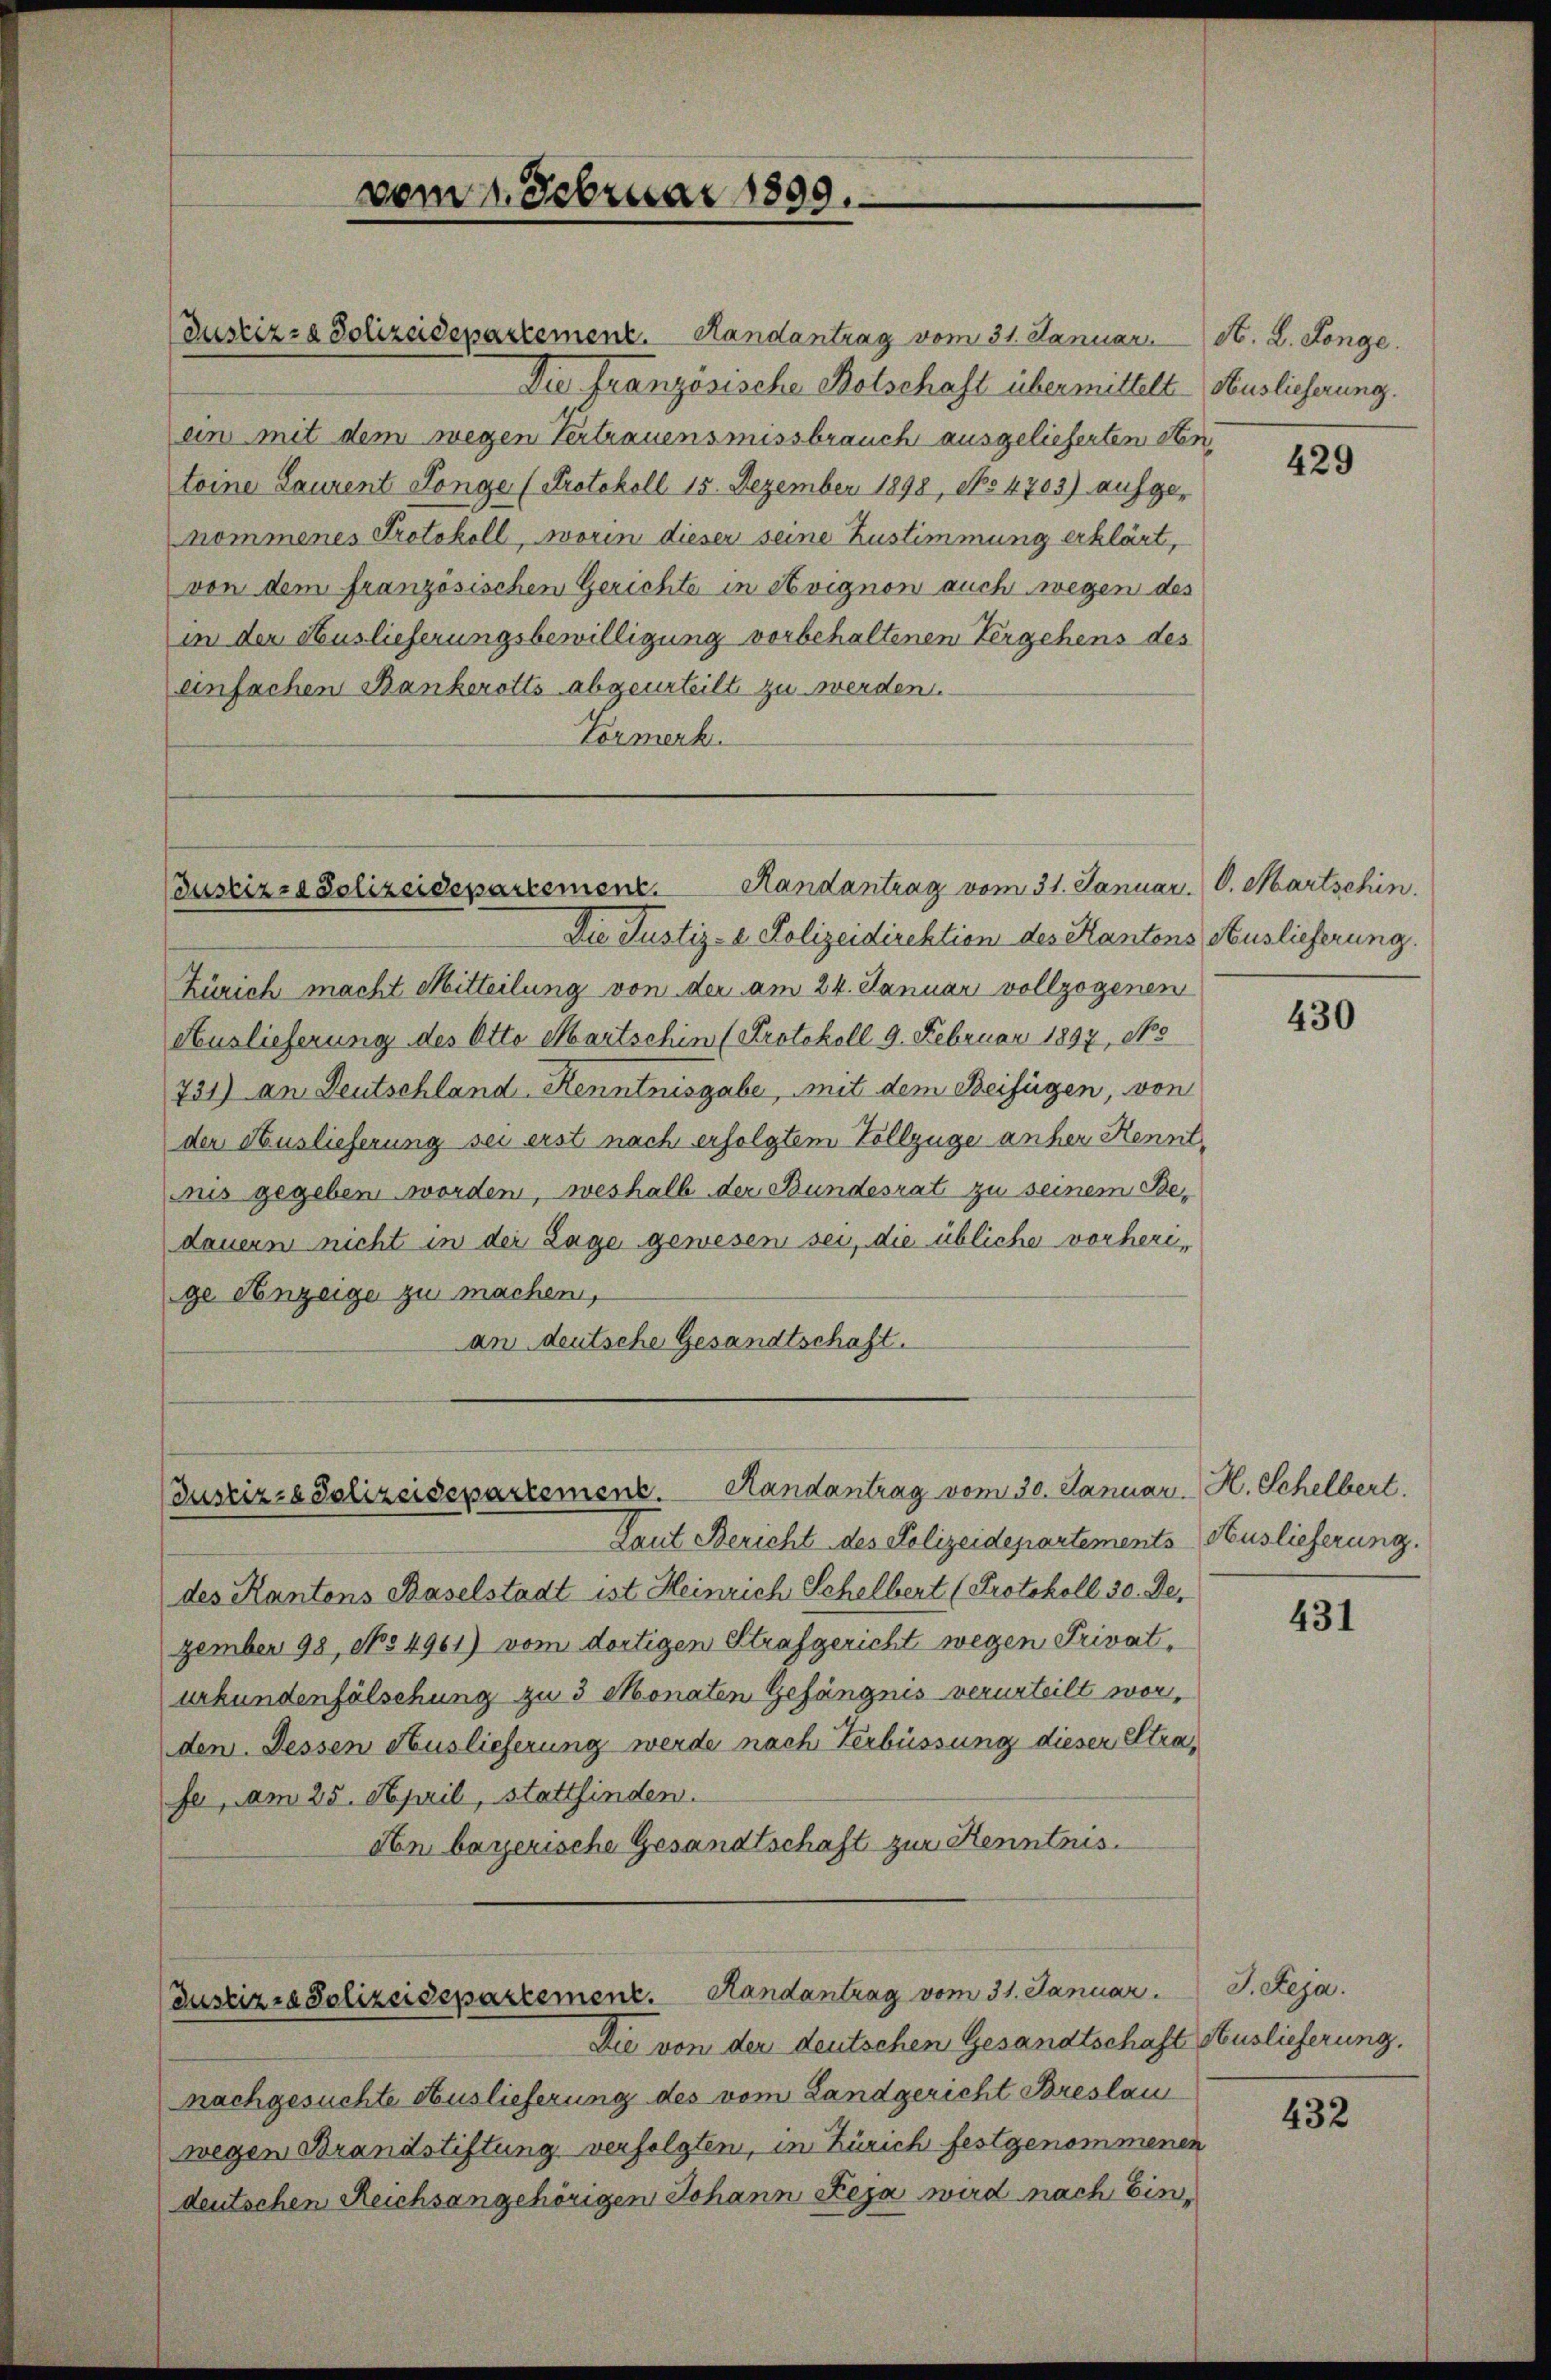
vom 1. Februar 1809.

Justized Polizeidepartement. Handantrag vom 31. Januar. D. Martschin
Die Justiz- & Polizeidirektion des Kantens Auslieferung.

Randantrag vom 30. Januar. H. Schelbert.
Justiz- & Polizeidepartement.

Justizia Polizeidepartement. Handantrag vom 31. Januar. S. Leja.

Justiz- & Polizeidepartement. Handantrag vom 31. Januar. A. L. Longe.
Die Französische Botschaft übermittelt Auslicherung.
ein mit dem wegen Vertrauensmissbrauch ausgelieferten Sten
toine Laurent Ponge (Protokoll 15. Dezember 1898, No 4703) aufgenommenes Protokoll, worin dieser seine Zustimmung erklärt,
von dem französischen Gerichte in et vignon auch wegen des
in der Auslieferungsbewilligung vorbehaltenen Vergehens des
einfachen Bankerotts abgeurteilt zu werden.
Vormerk.

Zürich macht Mitteilung von der am 24. Januar vollzogenen
Auslieferung des Otto Martschin (Protokoll 9. Februar 1897, No
731) an Deutschland, Kenntnisgabe, mit dem Beifügen, von
der Auslieferung sei erst nach erfolgtem Vollzüge anher Kenntnis gegeben worden, weshalb der Bundesrat zu seinem Be-
dauern nicht in der Lage gewesen sei, die übliche vorherige Anzeige zu machen,
an deutsche Gesandtschaft.

Laut Bericht des Polizeidepartements Auslieferung.
des Kantons Baselstadt ist Heinrich Schelbert (Protokoll 30. De
zember 98, No 4961) vom dortigen Strafgericht wegen Privaterkundenfälschung zu 3 Monaten Gefängnis verurteilt worden. Dessen Auslieferung werde nach Verbüssung dieser Strafe, am 25. April, stattfinden.
don bayerische Gesandtschaft zur Kenntnis.

Die von der deutschen Gesandtschaft Auslieferung.
nachgesuchte Auslieferung des vom Landgericht Breslau
wegen Brandstiftung verfolgten, in Zürich festgenommenen
deutschen Reichsangehörigen Johann Reja wird nach Ein¬

429

430

431

432